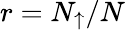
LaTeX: r=N_{\uparrow}/N